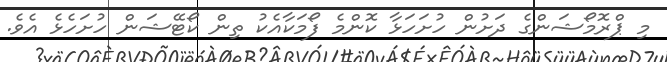
މި ޕްރޮމޯޝަންގެ ދަށުން ހުށަހަޅާ ކޮންމެ ފޯމަކާއެކު ތިން ކޯޓޭޝަން ހުށަހެޅެ އެވެ.